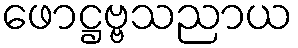
ဖောဋ္ဌဗ္ဗသညာယ